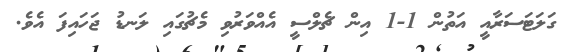
ގަލަޓަސަރާއީ އަތުން 1-1 އިން ޗެލްސީ އެއްވަރުވި މެޗުގައި ލަނޑު ޖަހައިފަ އެވެ.